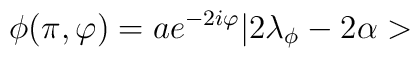
\phi (\pi ,\varphi )=ae^{-2i\varphi }|2\lambda _{\phi }-2\alpha >